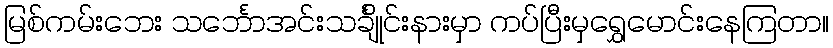
မြစ်ကမ်းဘေး သင်္ဘောအင်းသင်္ချိုင်းနားမှာ ကပ်ပြီးမှရွှေမောင်းနေကြတာ။